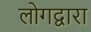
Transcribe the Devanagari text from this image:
लोगद्वारा